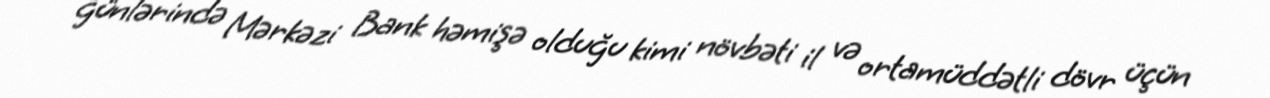
günlərində Mərkəzi Bank həmişə olduğu kimi növbəti il və ortamüddətli dövr üçün